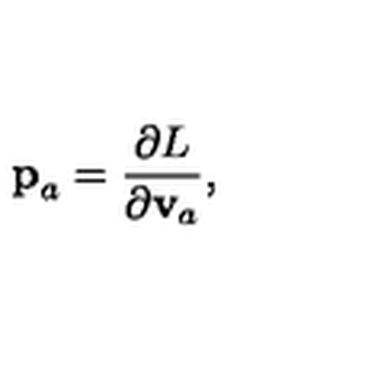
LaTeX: { \bf p } _ { a } = \frac { \partial L } { \partial { \bf v } _ { a } } ,